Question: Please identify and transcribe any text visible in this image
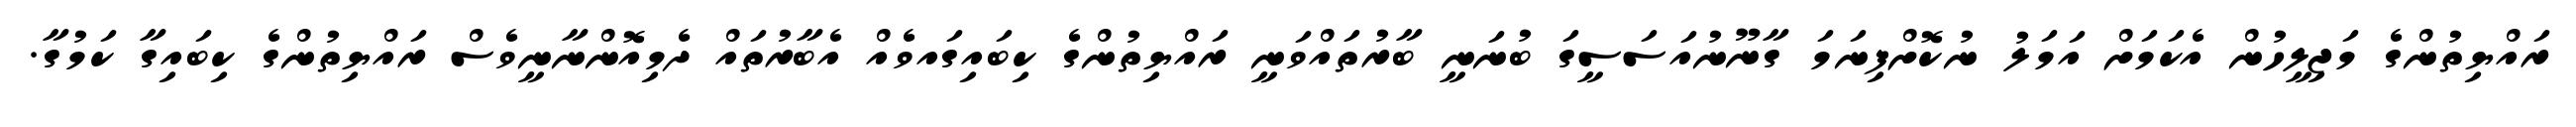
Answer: ރައްޔިތުންގެ މަޖިލީހުން އެކަމަށް އަމަލު ނުކޮށްފިނަމަ ގާނޫނުއަސަސީގަ ބުނަނީ ބާރުތައްވަނީ ރައްޔިތުންގެ ކިބައިގައވެއް އެބާރުތައް ދެމިއޮންނާނީވެސް ރައްޔިތުންގެ ކިބައިގާ ކަމުގާ.